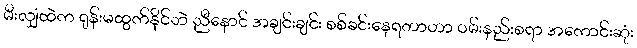
မီးလျှံထဲက ရုန်းမထွက်နိုင်ဘဲ ညီနောင် အချင်းချင်း စစ်ခင်းနေရတာဟာ ဝမ်းနည်းစရာ အကောင်းဆုံး